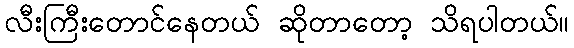
လီးကြီးတောင်နေတယ် ဆိုတာတော့ သိရပါတယ်။